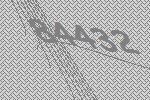
84432